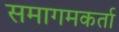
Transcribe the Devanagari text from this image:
समागमकर्ता